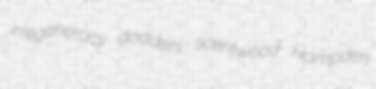
irregeneracy dodders scentwood Hampden